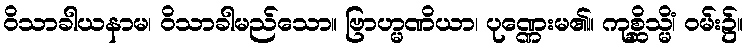
ဝိသာခါယနာမ၊ ဝိသာခါမည်သော။ ဗြာဟ္မဏိယာ၊ ပုဏ္ဏေးမ၏။ ကုစ္ဆိသ္မိံ၊ ဝမ်း၌။